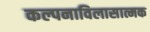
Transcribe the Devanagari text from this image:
कल्पनाविलासात्मक